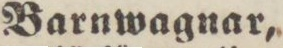
Barnwagnar,